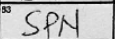
Transcription: SPN